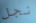
نجل